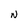
Character: d